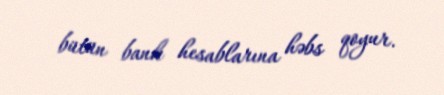
bütün bank hesablarına həbs qoyur.